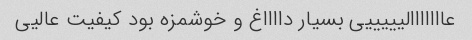
عااااااالیییییی بسیار دااااغ و خوشمزه بود کیفیت عالیی